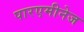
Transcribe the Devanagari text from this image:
पारएमीनेज